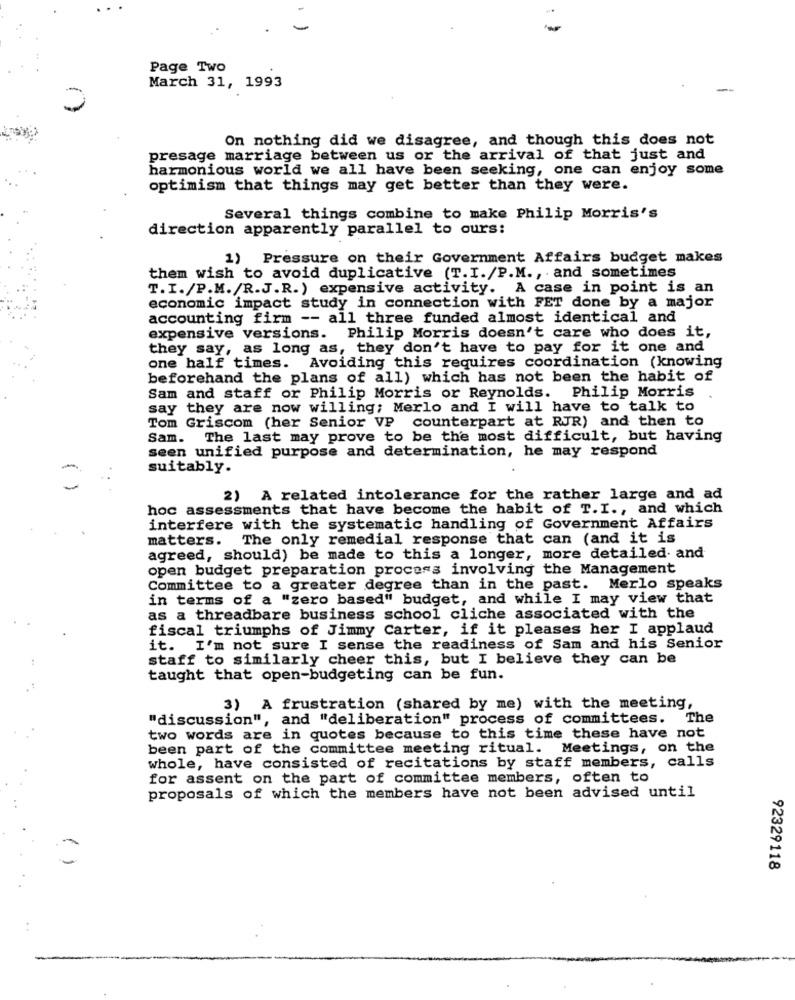
Page Two
March 31, 1993
On nothing did we disagree, and though this does not
presage marriage between us or the arrival of that just and
harmonious world we all have been seeking, one can enjoy some
optimism that things may get better than they were.
Several things combine to make Philip Morris's
direction apparently parallel to ours:
1) Pressure on their Government Affairs budget makes
them wish to avoid duplicative (T.I./P.M ., and sometimes
T. I./P.M./R.J.R.) expensive activity. A case in point is an
economic impact study in connection with FET done by a major
accounting firm -- all three funded almost identical and
expensive versions. Philip Morris doesn't care who does it,
they say, as long as, they don't have to pay for it one and
one half times. Avoiding this requires coordination (knowing
beforehand the plans of all) which has not been the habit of
Sam and staff or Philip Morris or Reynolds. Philip Morris
say they are now willing; Merlo and I will have to talk to
Tom Griscom (her Senior VP counterpart at RJR) and then to
Sam. The last may prove to be the most difficult, but having
seen unified purpose and determination, he may respond
suitably.
2) A related intolerance for the rather large and ad
hoc assessments that have become the habit of T. I ., and which
interfere with the systematic handling of Government Affairs
matters. The only remedial response that can (and it is
agreed, should) be made to this a longer, more detailed. and
open budget preparation process involving the Management
Committee to a greater degree than in the past. Merlo speaks
in terms of a "zero based" budget, and while I may view that
as a threadbare business school cliche associated with the
fiscal triumphs of Jimmy Carter, if it pleases her I applaud
it. I'm not sure I sense the readiness of Sam and his Senior
staff to similarly cheer this, but I believe they can be
taught that open-budgeting can be fun.
3) A frustration (shared by me) with the meeting,
"discussion", and "deliberation" process of committees. The
two words are in quotes because to this time these have not
been part of the committee meeting ritual. Meetings, on the
whole, have consisted of recitations by staff members, calls
for assent on the part of committee members, often to
proposals of which the members have not been advised until
92329118